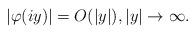
LaTeX: \begin{align*}|\varphi(iy)|=O(|y|), |y|\to\infty.\end{align*}